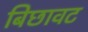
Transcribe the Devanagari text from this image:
बिछावट